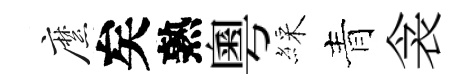
縻矣熟粵綵青衾